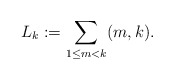
\begin{align*}L_k:=\sum_{1\leq m<k}(m,k).\end{align*}